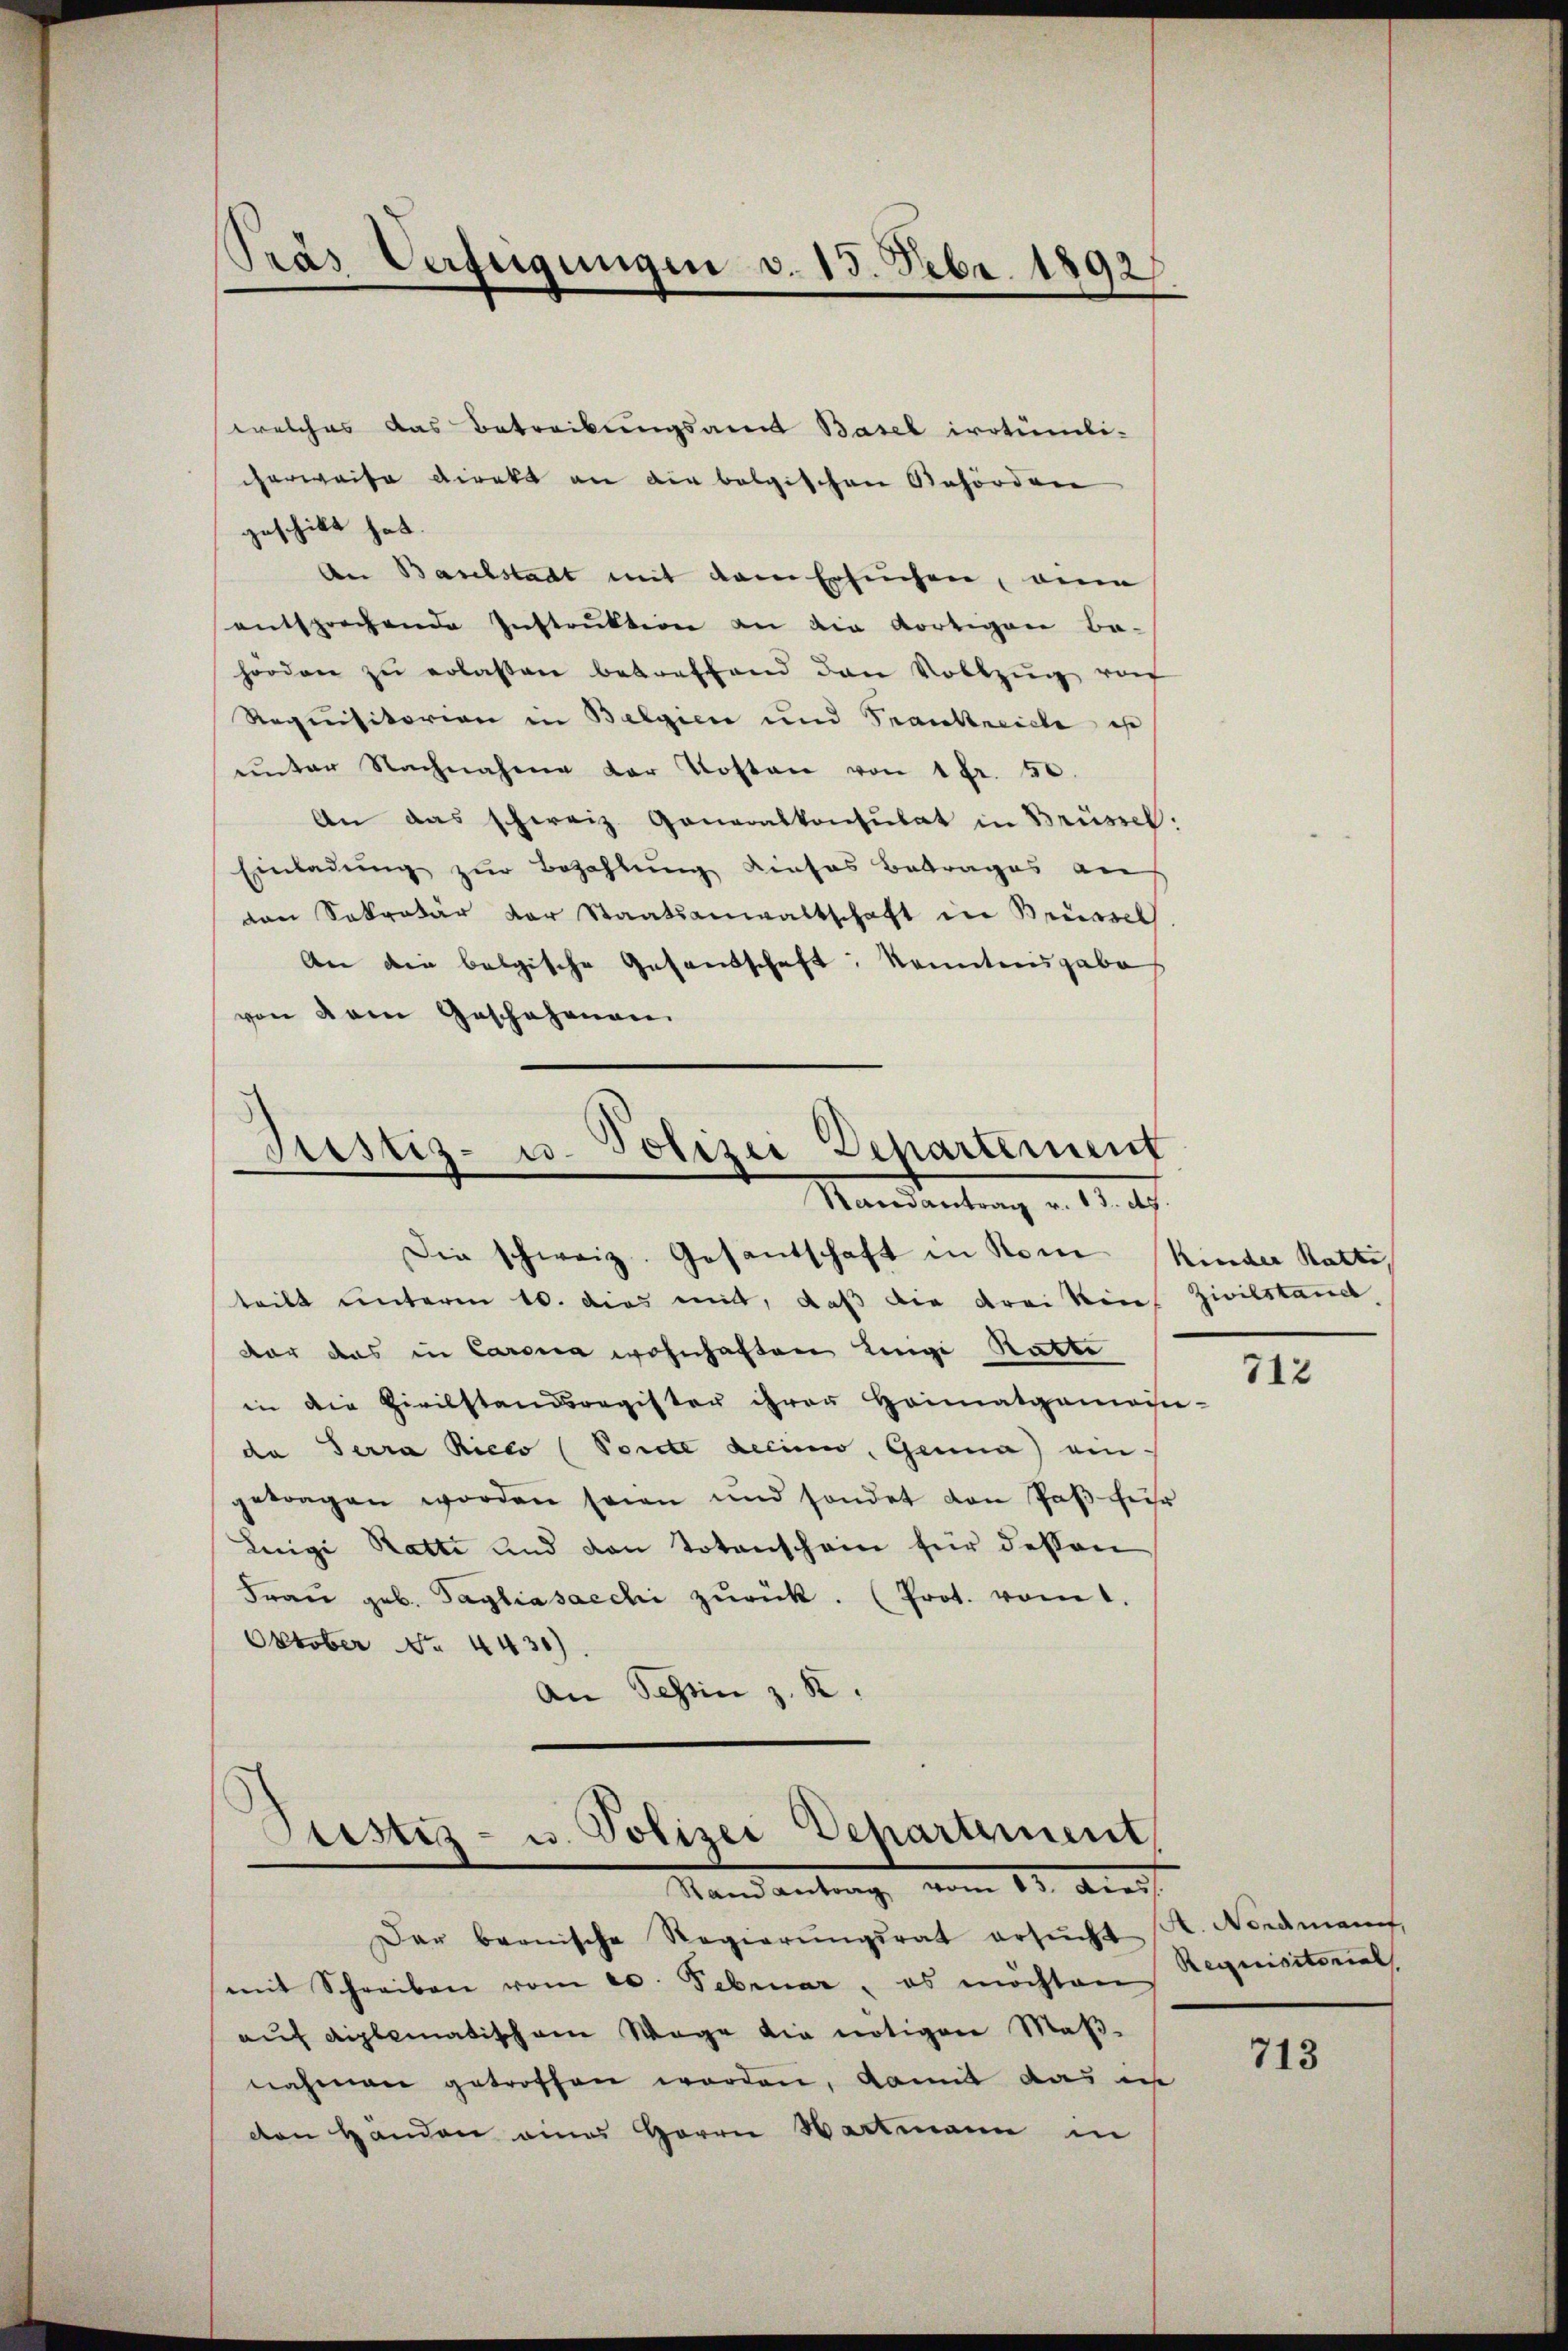
Pras Verfügungen v. 13. Febr. 1892

welches das Betreibungsamt Basel irrtümli-
herweise Direkt an die belgischen Behörden
geschickt hat.
An Baubstadt mit dem Ersuchen, eine
entsprechende Instrŭktion an die dortigen Be-
horden zŭ erlassen betreffend den Vollzŭg von
Requisitorion in Belgien und Trankreiche ist
unter Nachnahme der Kosten von 1 Fr. 50.
An das schweiz. Generalkonsulat in Brüssel:
Einladung zur Bezahlung dieses Betrages an
van Sekretär der Staatsanwaltschaft in Brüssel
Aen die belgische Gesandschaft; kanntens gabe
von dein Geschehenen
Justiz- u. Polizei Departemenf
Randantrag v. 13. ds.
Die schweiz. Gesantschaft in Rome Kinder Ratte
teilt unterm 10. dies mit, daß die drei in Zivilstan
var das in Corona wohnhaften Lingi Rathe
in die Zivilstandsregister ihrer Heimatgemässi-
de Terra Rieto (Porte decinw. Genua) ein-
getragen worden seien und sondet von Paß für
Luigi Ratte und von Totenschein für dessen
Fraŭ geb. Tagliasacchi zŭrück. (Prot. vom 1.
Oktober No. 4430)
An Schin z. R.

Pustiz- u. Polizei Departement
Mandantrag vom 11. August

Der bernische Regierungsrat ersŭcht
mit Schreiben vom 20. Februar, es möchten
auf diplomatischem Wege die nötigen Maßnahmen getroffen worden, damit das in
den Händen eines Herrn Hartmann in

712

. Nordmann,
Requisitorial

713